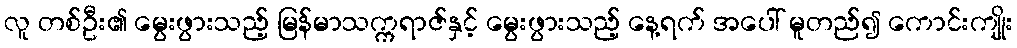
လူ တစ်ဦး၏ မွေးဖွားသည့် မြန်မာသက္ကရာဇ်နှင့် မွေးဖွားသည့် နေ့ရက် အပေါ် မူတည်၍ ကောင်းကျိုး